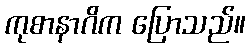
ကုစာနာဂိက ပြောသည်။